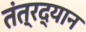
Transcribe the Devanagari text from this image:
तंत्रद्यान